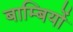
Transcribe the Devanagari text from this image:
बाम्बियों